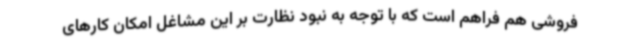
فروشی هم فراهم است که با توجه به نبود نظارت بر این مشاغل امکان کارهای